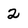
Character: 2